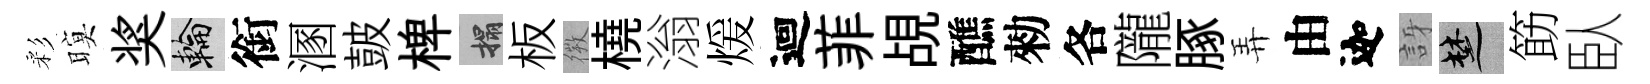
彩暝奖輪銜溷皷椑搨板𢕄橈滃煖迴菲覘醮勑各隴䐁弄由迦訝楚筯臥